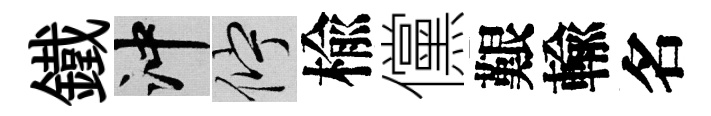
鐵冲伫楡儻艱輸名